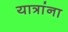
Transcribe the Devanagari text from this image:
यात्रांना